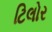
ટિલોર